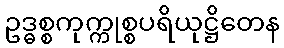
ဥဒ္ဓစ္စကုက္ကုစ္စပရိယုဋ္ဌိတေန